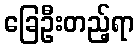
ခြေဦးတည့်ရာ